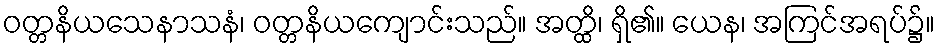
ဝတ္တနိယသေနာသနံ၊ ဝတ္တနိယကျောင်းသည်။ အတ္ထိ၊ ရှိ၏။ ယေန၊ အကြင်အရပ်၌။